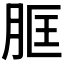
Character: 𦚞